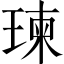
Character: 瑓